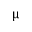
\upmu